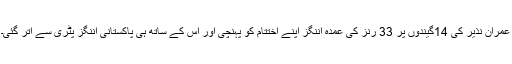
عمران نذیر کی 14گیندوں پر 33 رنز کی عمدہ اننگز اپنے اختتام کو پہنچی اور اس کے ساتھ ہی پاکستانی اننگز پٹری سے اتر گئی۔